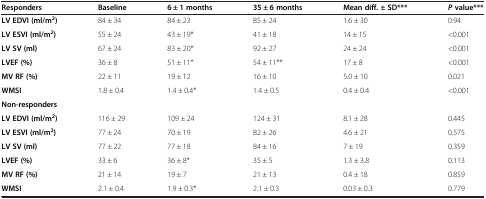
<table><thead><tr><td><b>Responders</b></td><td><b>Baseline</b></td><td><b>6 ± 1 months</b></td><td><b>35 ± 6 months</b></td><td><b>Mean diff. ± SD***</b></td><td><b><i>P</i>value***</b></td></tr></thead><tbody><tr><td><b>LV EDVI (ml/m</b><sup><b>2</b></sup><b>)</b></td><td>84 ± 34</td><td>84 ± 23</td><td>85 ± 24</td><td>1.6 ± 30</td><td>0.94</td></tr><tr><td><b>LV ESVI (ml/m</b><sup><b>2</b></sup><b>)</b></td><td>55 ± 24</td><td>43 ± 19*</td><td>41 ± 18</td><td>14 ± 15</td><td>&lt;0.001</td></tr><tr><td><b>LV SV (ml)</b></td><td>67 ± 24</td><td>83 ± 20*</td><td>92 ± 27</td><td>24 ± 24</td><td>&lt;0.001</td></tr><tr><td><b>LVEF (%)</b></td><td>36 ± 8</td><td>51 ± 11*</td><td>54 ± 11**</td><td>17 ± 8</td><td>&lt;0.001</td></tr><tr><td><b>MV RF (%)</b></td><td>22 ± 11</td><td>19 ± 12</td><td>16 ± 10</td><td>5.0 ± 10</td><td>0.021</td></tr><tr><td><b>WMSI</b></td><td>1.8 ± 0.4</td><td>1.4 ± 0.4*</td><td>1.4 ± 0.5</td><td>0.4 ± 0.4</td><td>&lt;0.001</td></tr><tr><td><b>Non-responders</b></td><td></td><td></td><td></td><td></td><td></td></tr><tr><td><b>LV EDVI (ml/m</b><sup><b>2</b></sup><b>)</b></td><td>116 ± 29</td><td>109 ± 24</td><td>124 ± 31</td><td>8.1 ± 28</td><td>0.445</td></tr><tr><td><b>LV ESVI (ml/m</b><sup><b>2</b></sup><b>)</b></td><td>77 ± 24</td><td>70 ± 19</td><td>82 ± 26</td><td>4.6 ± 21</td><td>0.575</td></tr><tr><td><b>LV SV (ml)</b></td><td>77 ± 22</td><td>77 ± 18</td><td>84 ± 16</td><td>7 ± 19</td><td>0.359</td></tr><tr><td><b>LVEF (%)</b></td><td>33 ± 6</td><td>36 ± 8*</td><td>35 ± 5</td><td>1.3 ± 3.8</td><td>0.113</td></tr><tr><td><b>MV RF (%)</b></td><td>21 ± 14</td><td>19 ± 7</td><td>21 ± 13</td><td>0.4 ± 18</td><td>0.859</td></tr><tr><td><b>WMSI</b></td><td>2.1 ± 0.4</td><td>1.9 ± 0.3*</td><td>2.1 ± 0.3</td><td>0.03 ± 0.3</td><td>0.779</td></tr></tbody></table>